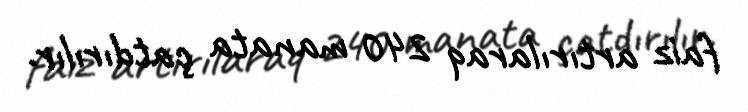
faiz artırılaraq 240 manata çatdırılır.